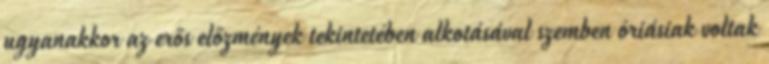
ugyanakkor az erős előzmények tekintetében alkotásával szemben óriásiak voltak